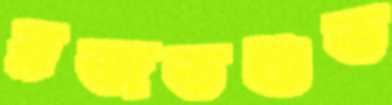
রজতশুভ